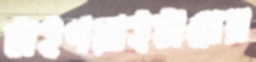
টাইপরাইটারের